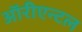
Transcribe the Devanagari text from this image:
ऑरीएन्टल